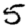
Digit: 5